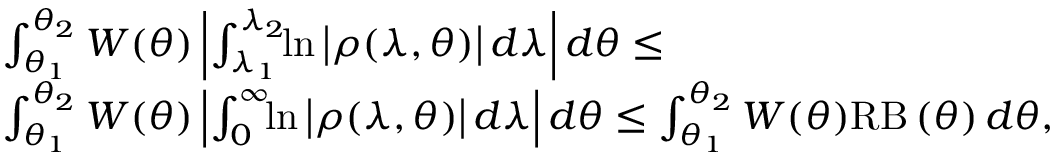
\begin{array} { r l } & { \int _ { \theta _ { 1 } } ^ { \theta _ { 2 } } W ( \theta ) \left| \int _ { \lambda _ { 1 } } ^ { \lambda _ { 2 } } \! \! \ln \left| \rho ( \lambda , \theta ) \right| \! \, d \lambda \right| d \theta \leq } \\ & { \int _ { \theta _ { 1 } } ^ { \theta _ { 2 } } W ( \theta ) \left| \int _ { 0 } ^ { \infty } \! \! \ln \left| \rho ( \lambda , \theta ) \right| \! \, d \lambda \right| d \theta \leq \int _ { \theta _ { 1 } } ^ { \theta _ { 2 } } W ( \theta ) \mathrm { R B } \left( \theta \right) d \theta , } \end{array}